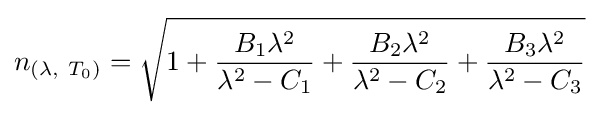
n_{\left(\lambda ,\ T_{0}\right)}={\sqrt {1+{\frac {B_{1}\lambda ^{2}}{\lambda ^{2}-C_{1}}}+{\frac {B_{2}\lambda ^{2}}{\lambda ^{2}-C_{2}}}+{\frac {B_{3}\lambda ^{2}}{\lambda ^{2}-C_{3}}}}}